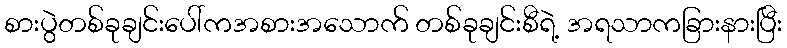
စားပွဲတစ်ခုချင်းပေါ်ကအစားအသောက် တစ်ခုချင်းစီရဲ့ အရသာကခြားနားပြီး